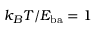
k _ { B } T / E _ { \mathrm { b a } } = 1